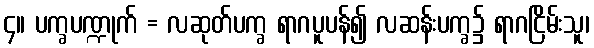
၄။ ပက္ခပဏ္ဍုက် = လဆုတ်ပက္ခ ရာဂပူပန်၍ လဆန်းပက္ခ၌ ရာဂငြိမ်းသူ၊